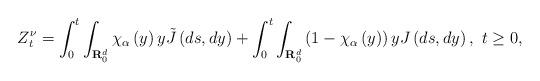
LaTeX: \begin{align*}Z_{t}^{\nu }=\int_{0}^{t}\int_{\mathbf{R}_{0}^{d}}\chi _{\alpha }\left(y\right) y\tilde{J}\left( ds,dy\right) +\int_{0}^{t}\int_{\mathbf{R}_{0}^{d}}\left( 1-\chi _{\alpha }\left( y\right) \right) yJ\left(ds,dy\right) ,~t\geq 0, \end{align*}